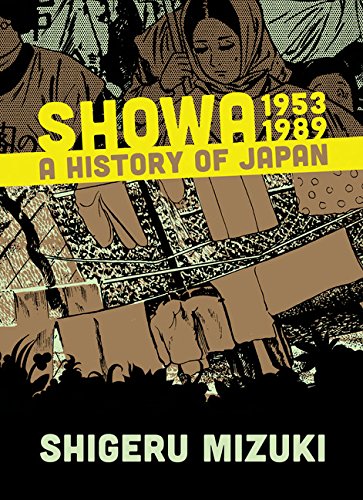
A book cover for Showa 1953-1989: A History of Japan (Showa: A History of Japan); Shigeru Mizuki; Comics & Graphic Novels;